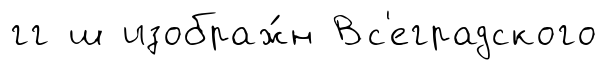
гг ш изображ́н Вс'еградского